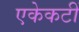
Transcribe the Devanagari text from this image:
एकेकटीं